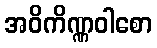
အဝိကိဏ္ဏဝါစော